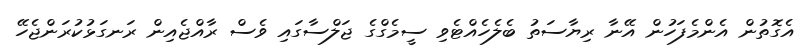
އެގޮތުން އެންމެފަހުން އޭނާ ރިޔާސަތު ބެލެހެއްޓެވި ސީމެގްގެ ޖަލްސާގައި ވެސް ރާއްޖެއިން ރަނގަޅުކުރަންޖެހޭ